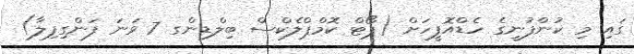
ގައި މި ކުންފުނީގެ ހެޑްއޮފީހަށް (ޕޯޓް ކޮމްޕްލެކްސް ބިލްޑިންގ 7 ވަނަ ފަންގިފިލާ)